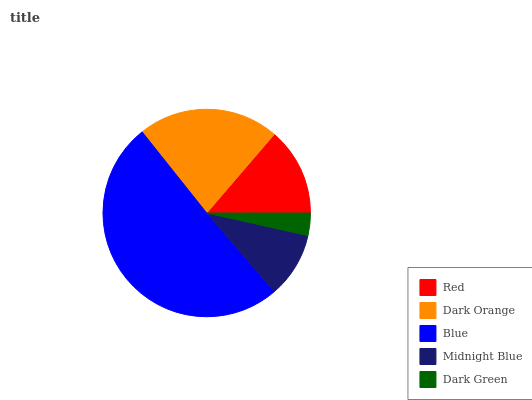
| Red | Dark Orange | Blue | Midnight Blue | Dark Green |
 | --- | --- | --- | --- | --- |
 | 13.7% | 22% | 50.6% | 10.2% | 3.49% |